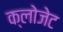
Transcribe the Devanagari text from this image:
क्लोजेट